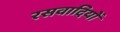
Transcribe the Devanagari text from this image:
रसवादियों